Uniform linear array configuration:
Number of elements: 8
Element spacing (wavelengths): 0.25
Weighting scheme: uniform
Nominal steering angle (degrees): -15
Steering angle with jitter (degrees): -16.243
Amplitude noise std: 0.05
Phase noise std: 0.05

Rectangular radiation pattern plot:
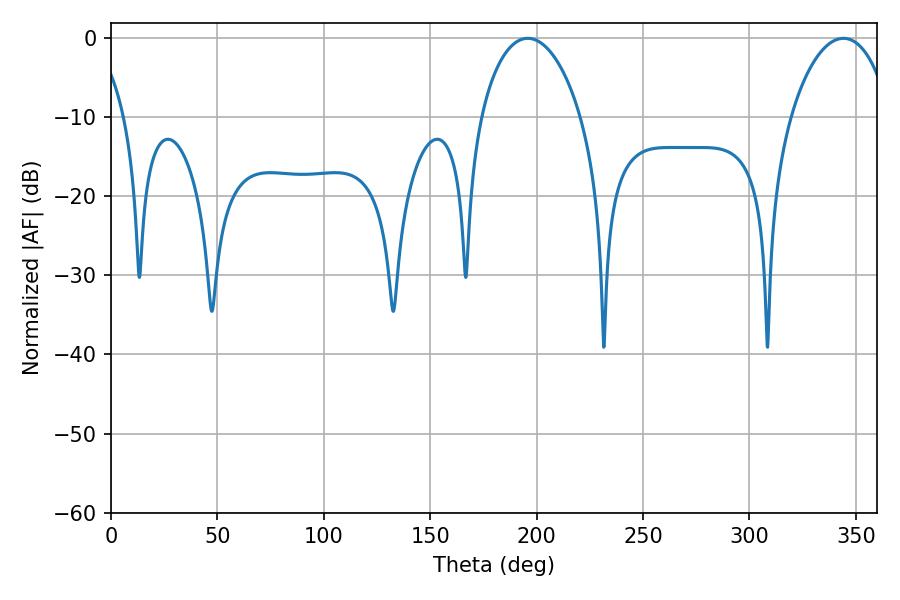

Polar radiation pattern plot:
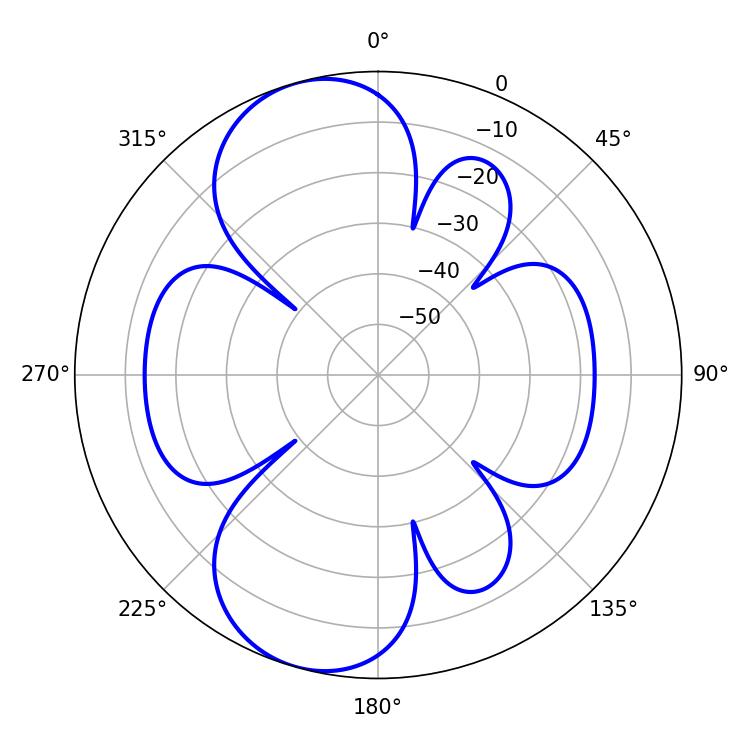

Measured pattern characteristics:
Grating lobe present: FALSE
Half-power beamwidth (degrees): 26.82
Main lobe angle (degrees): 195.84